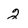
Character: 2